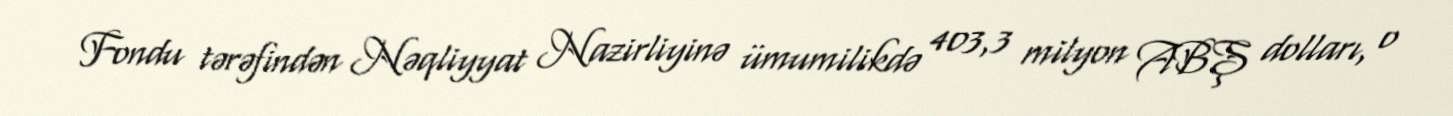
Fondu tərəfindən Nəqliyyat Nazirliyinə ümumilikdə 403,3 milyon ABŞ dolları, o